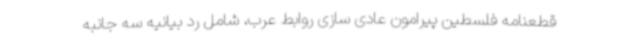
قطعنامه فلسطین پیرامون عادی سازی روابط عرب، شامل رد بیانیه سه جانبه